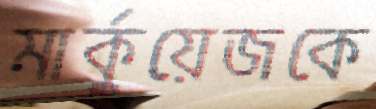
মার্কুয়েজকে